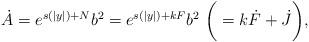
LaTeX: \begin{align*}\dot{A}=e^{s(|y|)+N}b^2=e^{s(|y|)+kF}b^2~ \bigg(=k\dot{F}+\dot{J}\bigg), \end{align*}